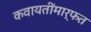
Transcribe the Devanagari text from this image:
कवायतींमार्फत